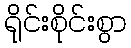
ရိုင်းစိုင်းစွာ